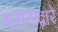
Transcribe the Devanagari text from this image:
श्वसनाद्वारे